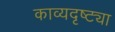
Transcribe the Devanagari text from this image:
काव्यदृष्ट्या